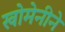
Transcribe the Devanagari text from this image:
खोमेनीने